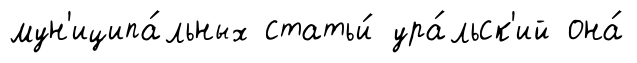
мун'иципа́льных статьи́ ура́льск'ий она́